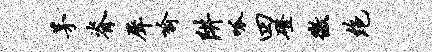
茅脊犀喻阱呱四磴徼绝